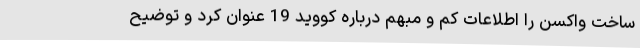
ساخت واکسن را اطلاعات کم و مبهم درباره کووید 19 عنوان کرد و توضیح